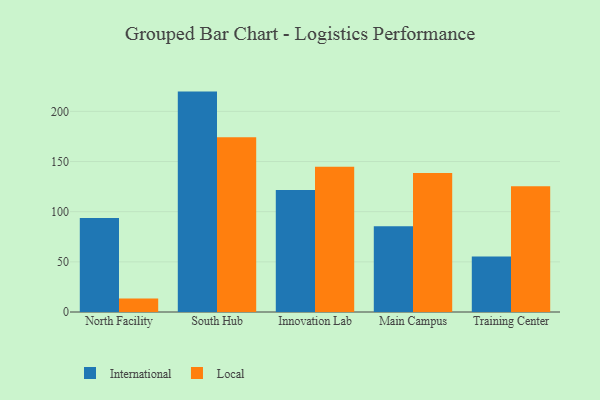
{"axis": {"x": "Campus", "y": "Website Visitors"}, "legend": ["International", "Local"], "data": [{"x": "North Facility", "y": 93.7, "type": "International"}, {"x": "North Facility", "y": 13.4, "type": "Local"}, {"x": "South Hub", "y": 219.7, "type": "International"}, {"x": "South Hub", "y": 174.1, "type": "Local"}, {"x": "Innovation Lab", "y": 121.5, "type": "International"}, {"x": "Innovation Lab", "y": 144.7, "type": "Local"}, {"x": "Main Campus", "y": 85.6, "type": "International"}, {"x": "Main Campus", "y": 138.6, "type": "Local"}, {"x": "Training Center", "y": 55.3, "type": "International"}, {"x": "Training Center", "y": 125.4, "type": "Local"}]}